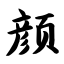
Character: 颜